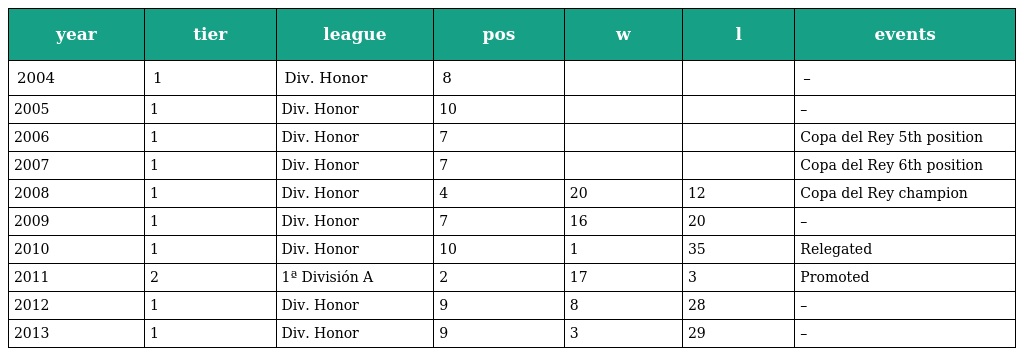
| year | tier | league | pos | w | l | events |
 | --- | --- | --- | --- | --- | --- | --- |
 | 2004 | 1 | Div. Honor | 8 |  |  | – |
 | 2005 | 1 | Div. Honor | 10 |  |  | – |
 | 2006 | 1 | Div. Honor | 7 |  |  | Copa del Rey 5th position |
 | 2007 | 1 | Div. Honor | 7 |  |  | Copa del Rey 6th position |
 | 2008 | 1 | Div. Honor | 4 | 20 | 12 | Copa del Rey champion |
 | 2009 | 1 | Div. Honor | 7 | 16 | 20 | – |
 | 2010 | 1 | Div. Honor | 10 | 1 | 35 | Relegated |
 | 2011 | 2 | 1ª División A | 2 | 17 | 3 | Promoted |
 | 2012 | 1 | Div. Honor | 9 | 8 | 28 | – |
 | 2013 | 1 | Div. Honor | 9 | 3 | 29 | – |